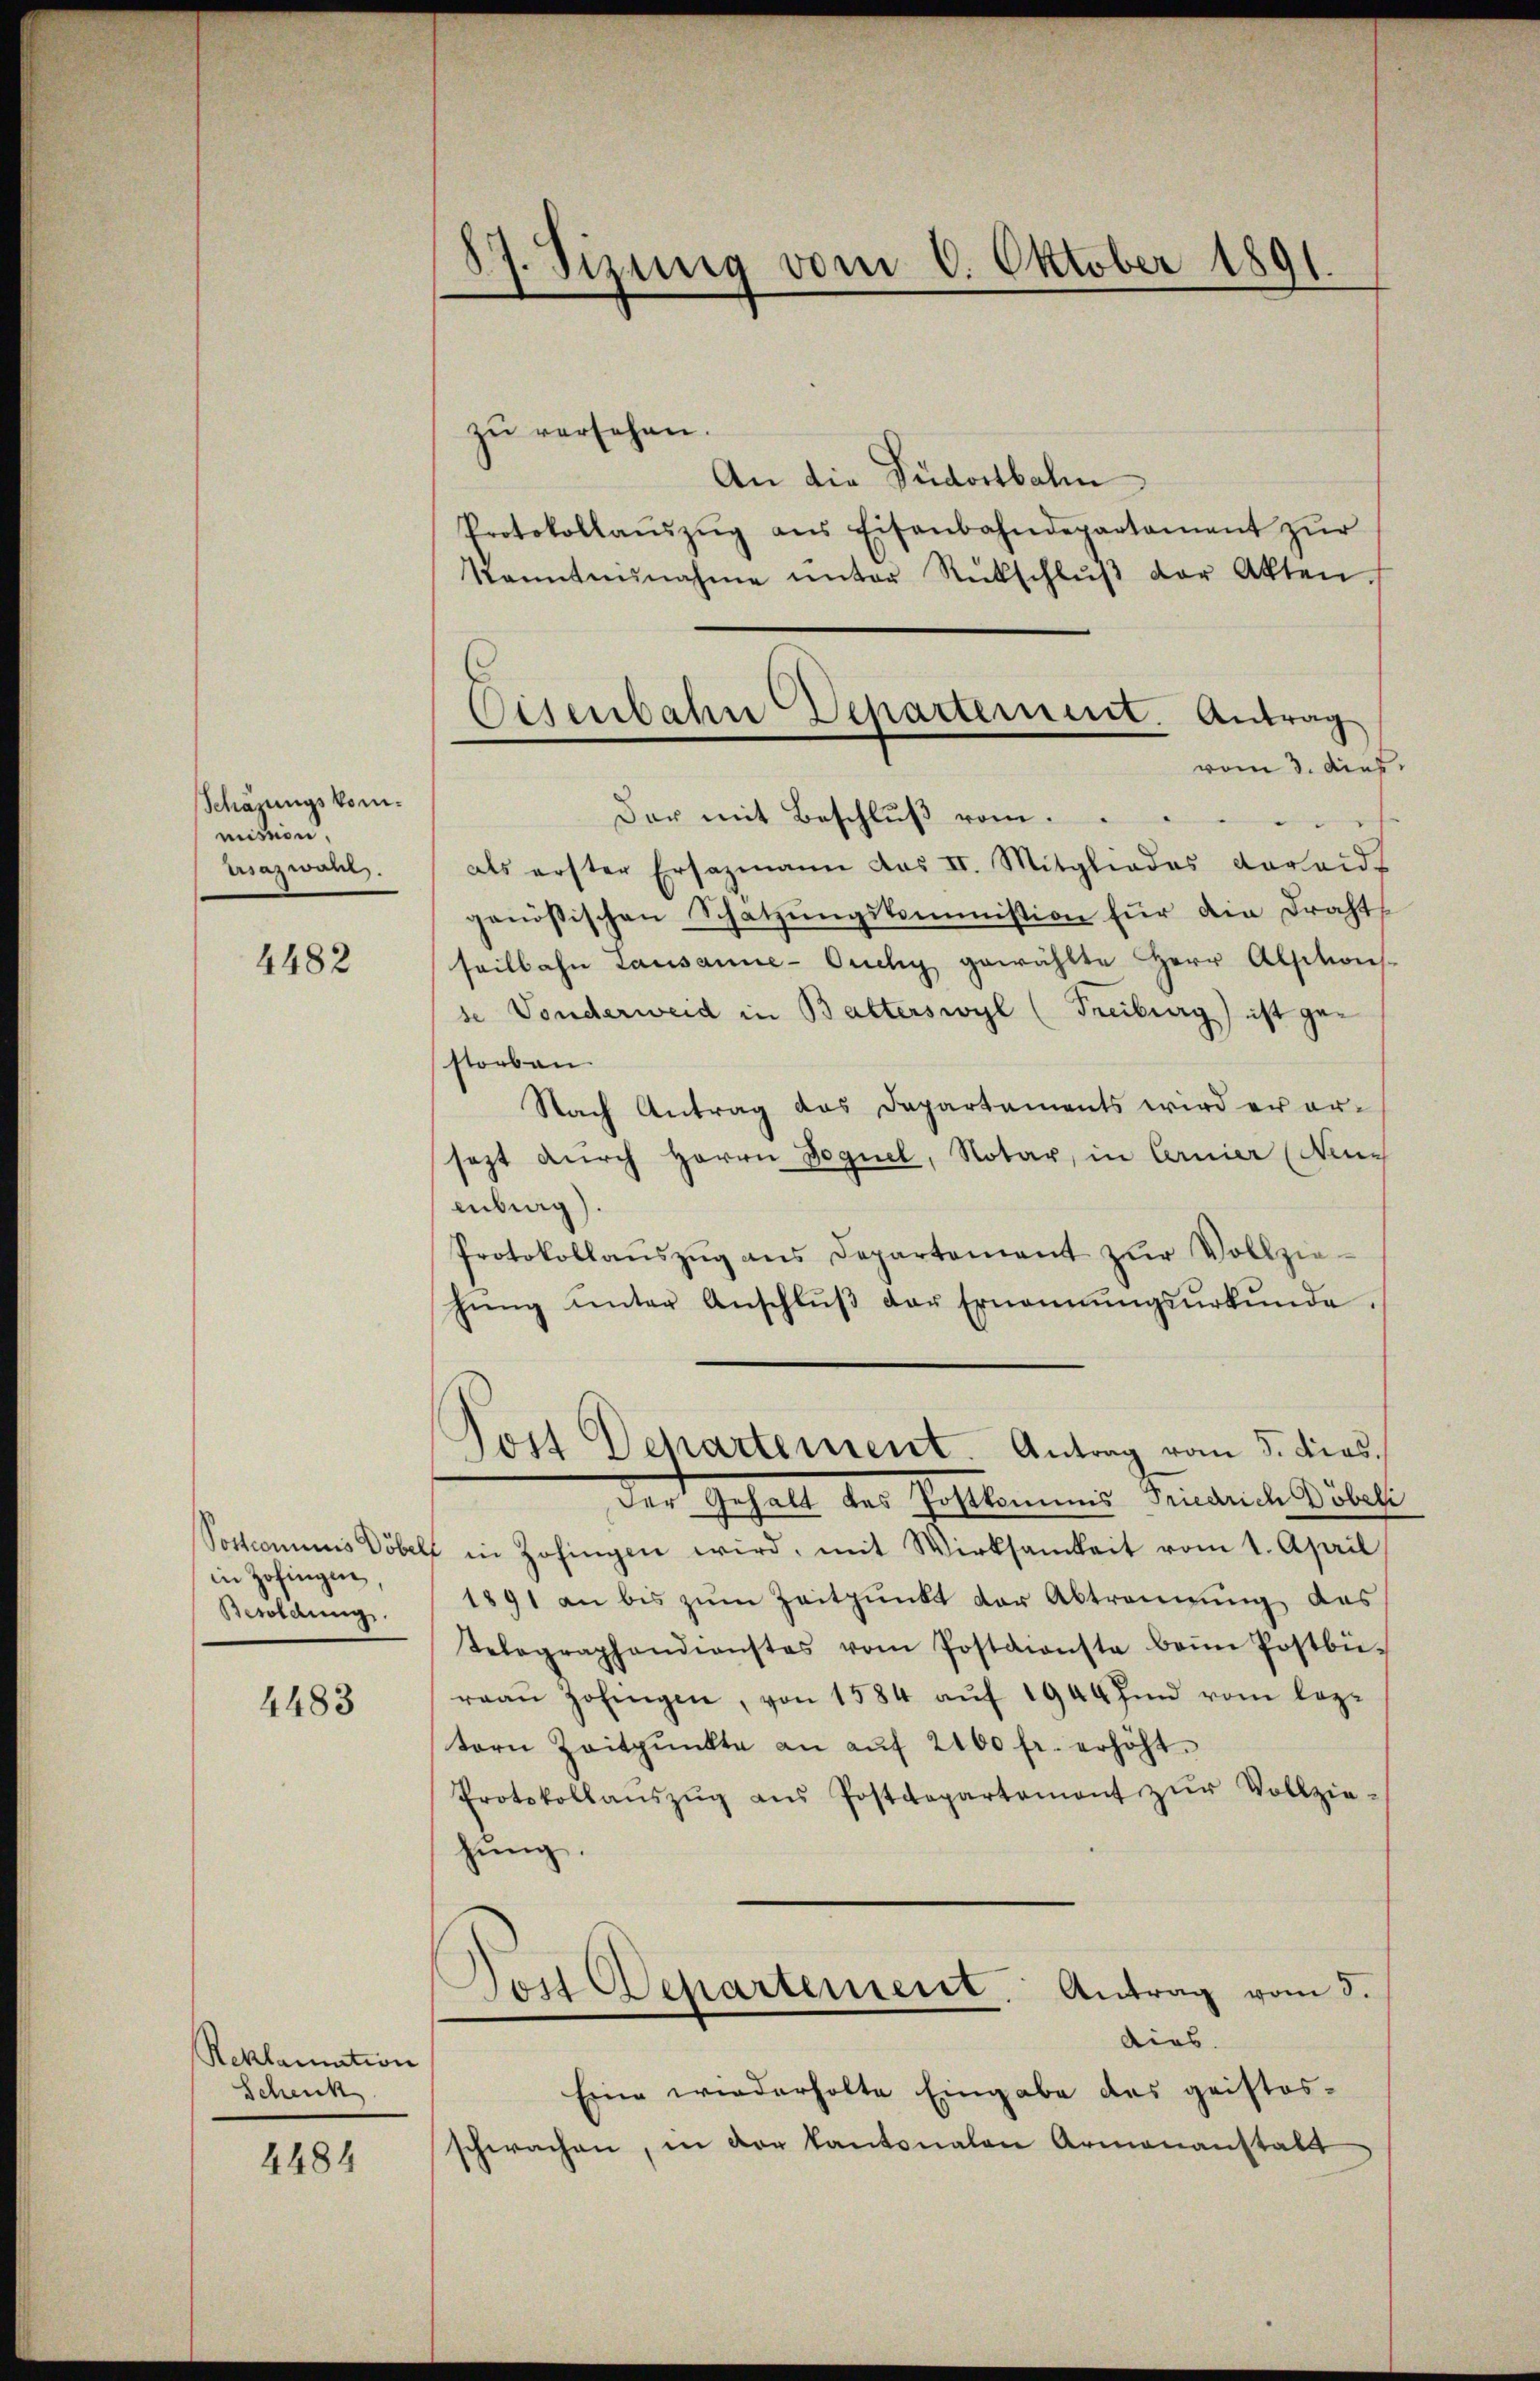
Schazungskommission
Krazwahl.

4482

Vottcominis Döbel
in Zofingen,
Besoldung

4483

Reklamation
Schenk

4484

87. Sizung vom 6. Oktober 1891.

Eisenbahn Departement. Antrag
vom 3. dies

zu versehen.
An die Südostbahn
Protokollaŭszŭg ans Eisenbahndepartament zŭr
kanntnŭnahme unter Rütschlŭβ der Akten.
Der mit Beschluß vom
als erster Ersazmann das II. Mitgliedes darauf
genössischen Schatzŭngskommission für die Drahts
seilbahn Lausanne-Ouchy gewählte Herr Alsitions-
se Vonderweid in Balterswyl (Freiburg) ist gestorben.
Nach Antrag das Departements wird er ersezt durch Herrn Boguel, Notar, in Cernier (Neu-
enburg).
Protokollaŭszŭg ans Departement zŭr Vollzie-
hŭng ŭnter Anschlŭβ der Ernennŭngsŭrkŭnde.
Tost Departement. Antrag vom 5. dies
Der Gehalt des Postkommis Friedrich Döbeli
f in Zofingen wird, mit Wirksamkeit vom 1. April
1891 an bis zŭm Zeitpunkt der Abtrennung des
Telegraphendienstes vom Postdienste beim Postbü-
reaŭ Zofingen, von 1584 aŭf 1944 fin vom leztern Zeitpunkte an aŭf 2100 fr. erhöht.
Protokollaŭszŭg aŭs Postdepartement zŭr Vollzie-
hung.
Teil Departement. Antrag vom 3.
dies
Eine wiederholte Eingabe des guistos-
schwachen, in der Kantonalen Armenanstalt